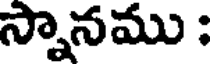
స్నానము :